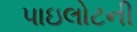
પાઇલોટની